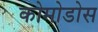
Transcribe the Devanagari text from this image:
कोमोडोस